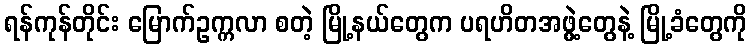
ရန်ကုန်တိုင်း မြောက်ဥက္ကလာ စတဲ့ မြို့နယ်တွေက ပရဟိတအဖွဲ့တွေနဲ့ မြို့ခံတွေကို